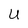
Character: U